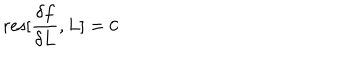
\mathrm { r e s } [ \frac { \delta f } { \delta L } , L ] = 0